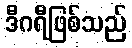
ဒီဂရီဖြစ်သည်